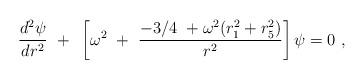
LaTeX: \begin{align*}{d^{2} \psi \over dr^{2}}~+~\left[\omega^{2}~+~{-3/4~+\omega^{2}(r_{1}^{2}+r_{5}^{2}) \over r^{2}}\right] \psi=0~,\end{align*}